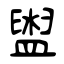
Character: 盥